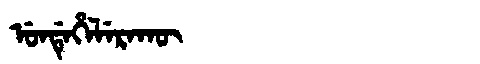
Manchu: ᡠᠨᡩᡝᡥᡝᠯᡝᡵᠠᡴᡡ
Romanization: UNDEHELERAKŪ